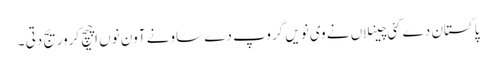
پاکستان دے کئی چینلاں نے وی نویں گروپ دے ساونے آون نوں اچیچ کروریج دتی ۔